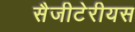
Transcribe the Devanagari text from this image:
सैजीटेरीयस